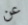
عن